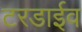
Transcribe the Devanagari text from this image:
टरडाईव